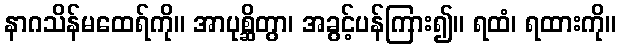
နာဂသိန်မထေရ်ကို။ အာပုစ္ဆိတွာ၊ အခွင့်ပန်ကြား၍။ ရထံ၊ ရထားကို။